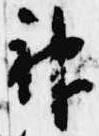
神